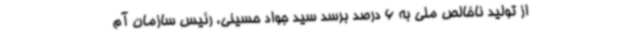
از تولید ناخالص ملی به 6 درصد برسد سید جواد حسینی، رئیس سازمان آم